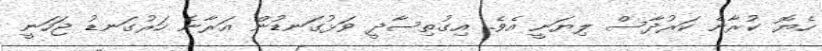
ހެޔޮ ކުރާނެ ކަރުދާސް ލިޔަނީ އެވެ. އިގުތިސާދީ ވަޅުގަނޑުން އަރާނެ ހަރުގަނޑު ޖަހަނީ